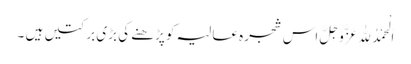
اَلْحَمْدُلِلّٰہِ عَزَّوَجَلَّ اس شجرہ عالیہ کو پڑھنے کی بڑی برکتیں ہیں ۔